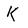
Character: K